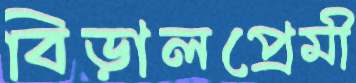
বিড়ালপ্রেমী